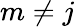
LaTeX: m\neq j